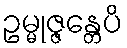
ဥမ္မုဇ္ဇန္တေပိ